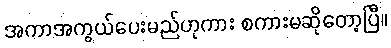
အကာအကွယ်ပေးမည်ဟုကား စကားမဆိုတော့ပြီ။